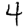
Digit: 4